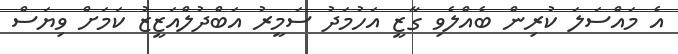
އެ މައްސަލަ ކުރިން ބެއްލެވި ގާޒީ އަހުމަދު ސަމީރު އަބްދުލްއަޒީޒު ކަމަށް ވިޔަސް